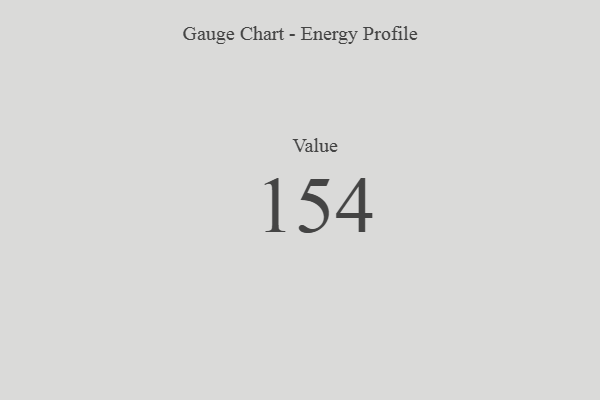
{"axis": {"x": "Metric", "y": "Value"}, "legend": [""], "data": [{"x": "Value", "y": 154, "type": ""}]}